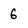
Character: 6